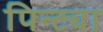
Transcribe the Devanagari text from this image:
पिन्ट्या